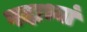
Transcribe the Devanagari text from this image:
पदाभ्यां